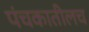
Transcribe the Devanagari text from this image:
पंचकातीलच